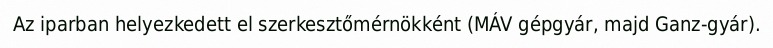
Az iparban helyezkedett el szerkesztőmérnökként (MÁV gépgyár, majd Ganz-gyár).